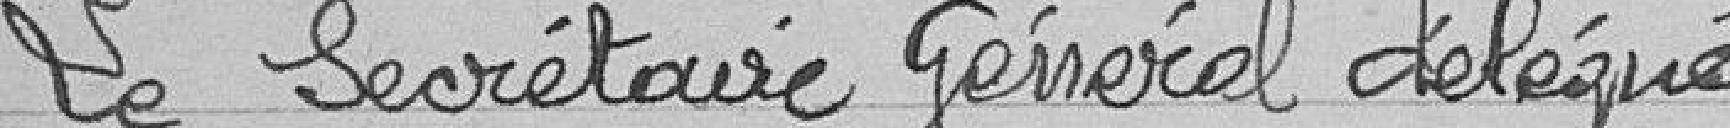
Le secrétaire Général délégué